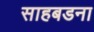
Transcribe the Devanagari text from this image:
साहबडना